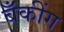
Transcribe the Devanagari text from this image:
बॅँकींग